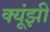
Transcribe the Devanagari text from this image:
क्यूंझी